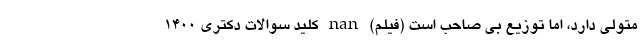
متولی دارد، اما توزیع بی صاحب است (فیلم) nan کلید سوالات دکتری ۱۴۰۰